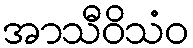
အာသီဝိသံဝ